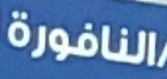
النافورة